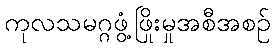
ကုလသမဂ္ဂဖွံ့ဖြိုးမှုအစီအစဉ်